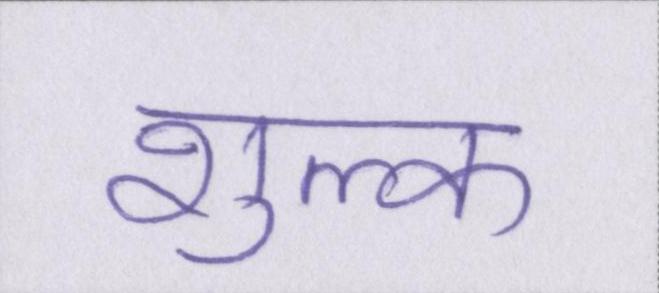
शुल्क